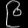
Digit: ၉